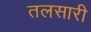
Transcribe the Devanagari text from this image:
तलसारी